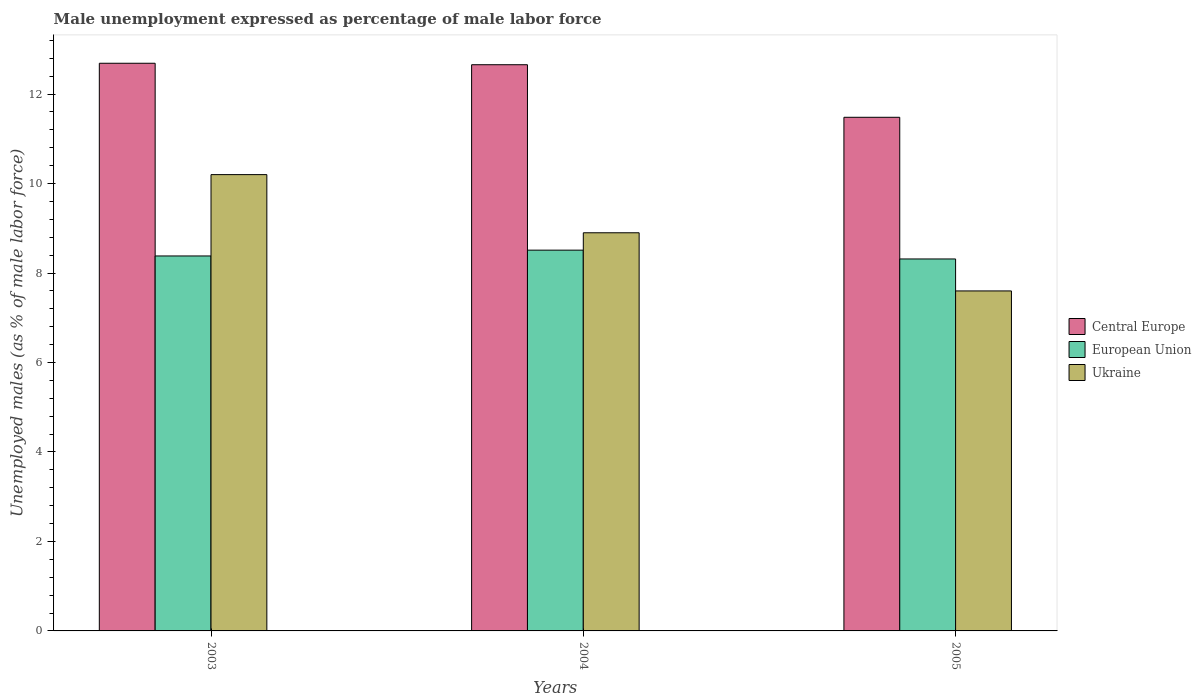
| Years | Central Europe | European Union | Ukraine |
 | --- | --- | --- | --- |
 | 2003 | 12.7 | 8.38 | 10.2 |
 | 2004 | 12.7 | 8.51 | 8.9 |
 | 2005 | 11.5 | 8.31 | 7.6 |